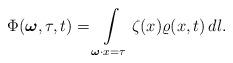
LaTeX: \begin{align*} \Phi(\boldsymbol{\omega}, \tau, t) =\int\limits_{ \boldsymbol{\omega}\cdot x=\tau} \zeta(x)\varrho(x,t)\, dl. \end{align*}